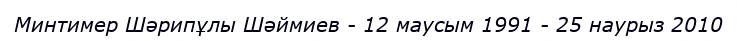
Минтимер Шәрипұлы Шәймиев - 12 маусым 1991 - 25 наурыз 2010